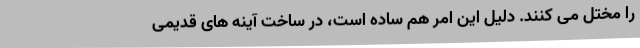
را مختل می کنند. دلیل این امر هم ساده است، در ساخت آینه های قدیمی